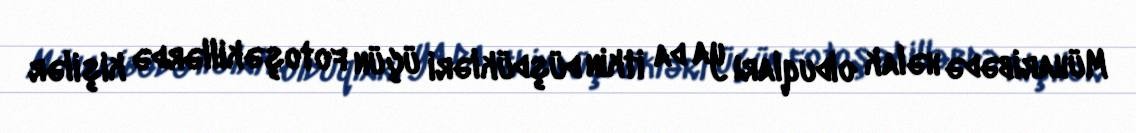
Müharibədə həlak olduqları ya da itkin düşdükləri üçün fotoşəkillərdə kişilər